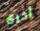
أخرى